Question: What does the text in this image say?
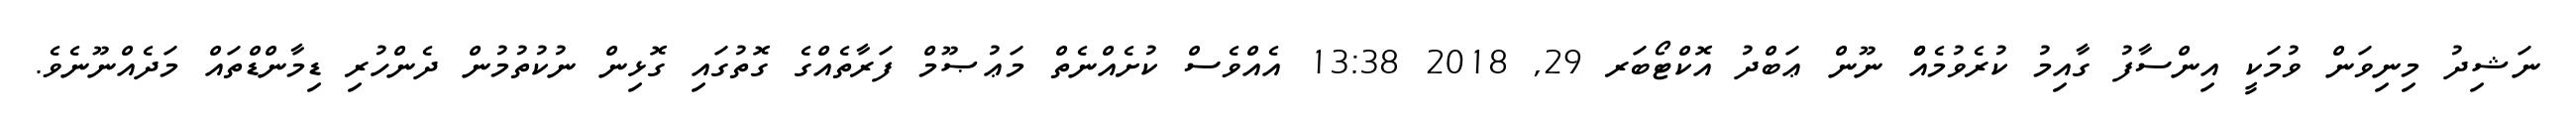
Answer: ނަޝިދު މިނިވަން ވުމަކީ އިންސާފު ގާއިމު ކުރެވުމެއްް ނޫން ޢަބްދު އޮކްޓޯބަރ 29, 2018 13:38 އެއްވެސް ކުށެއްނެތް މަޢުޞޫމް ފަރާތެއްގެ ގޮތުގައި ގޮޅިން ނުކުތުމުން ދެންހުރި ޑިމާންޑްތައް މަދެއްނޫނެވެ.